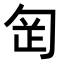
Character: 𭅊